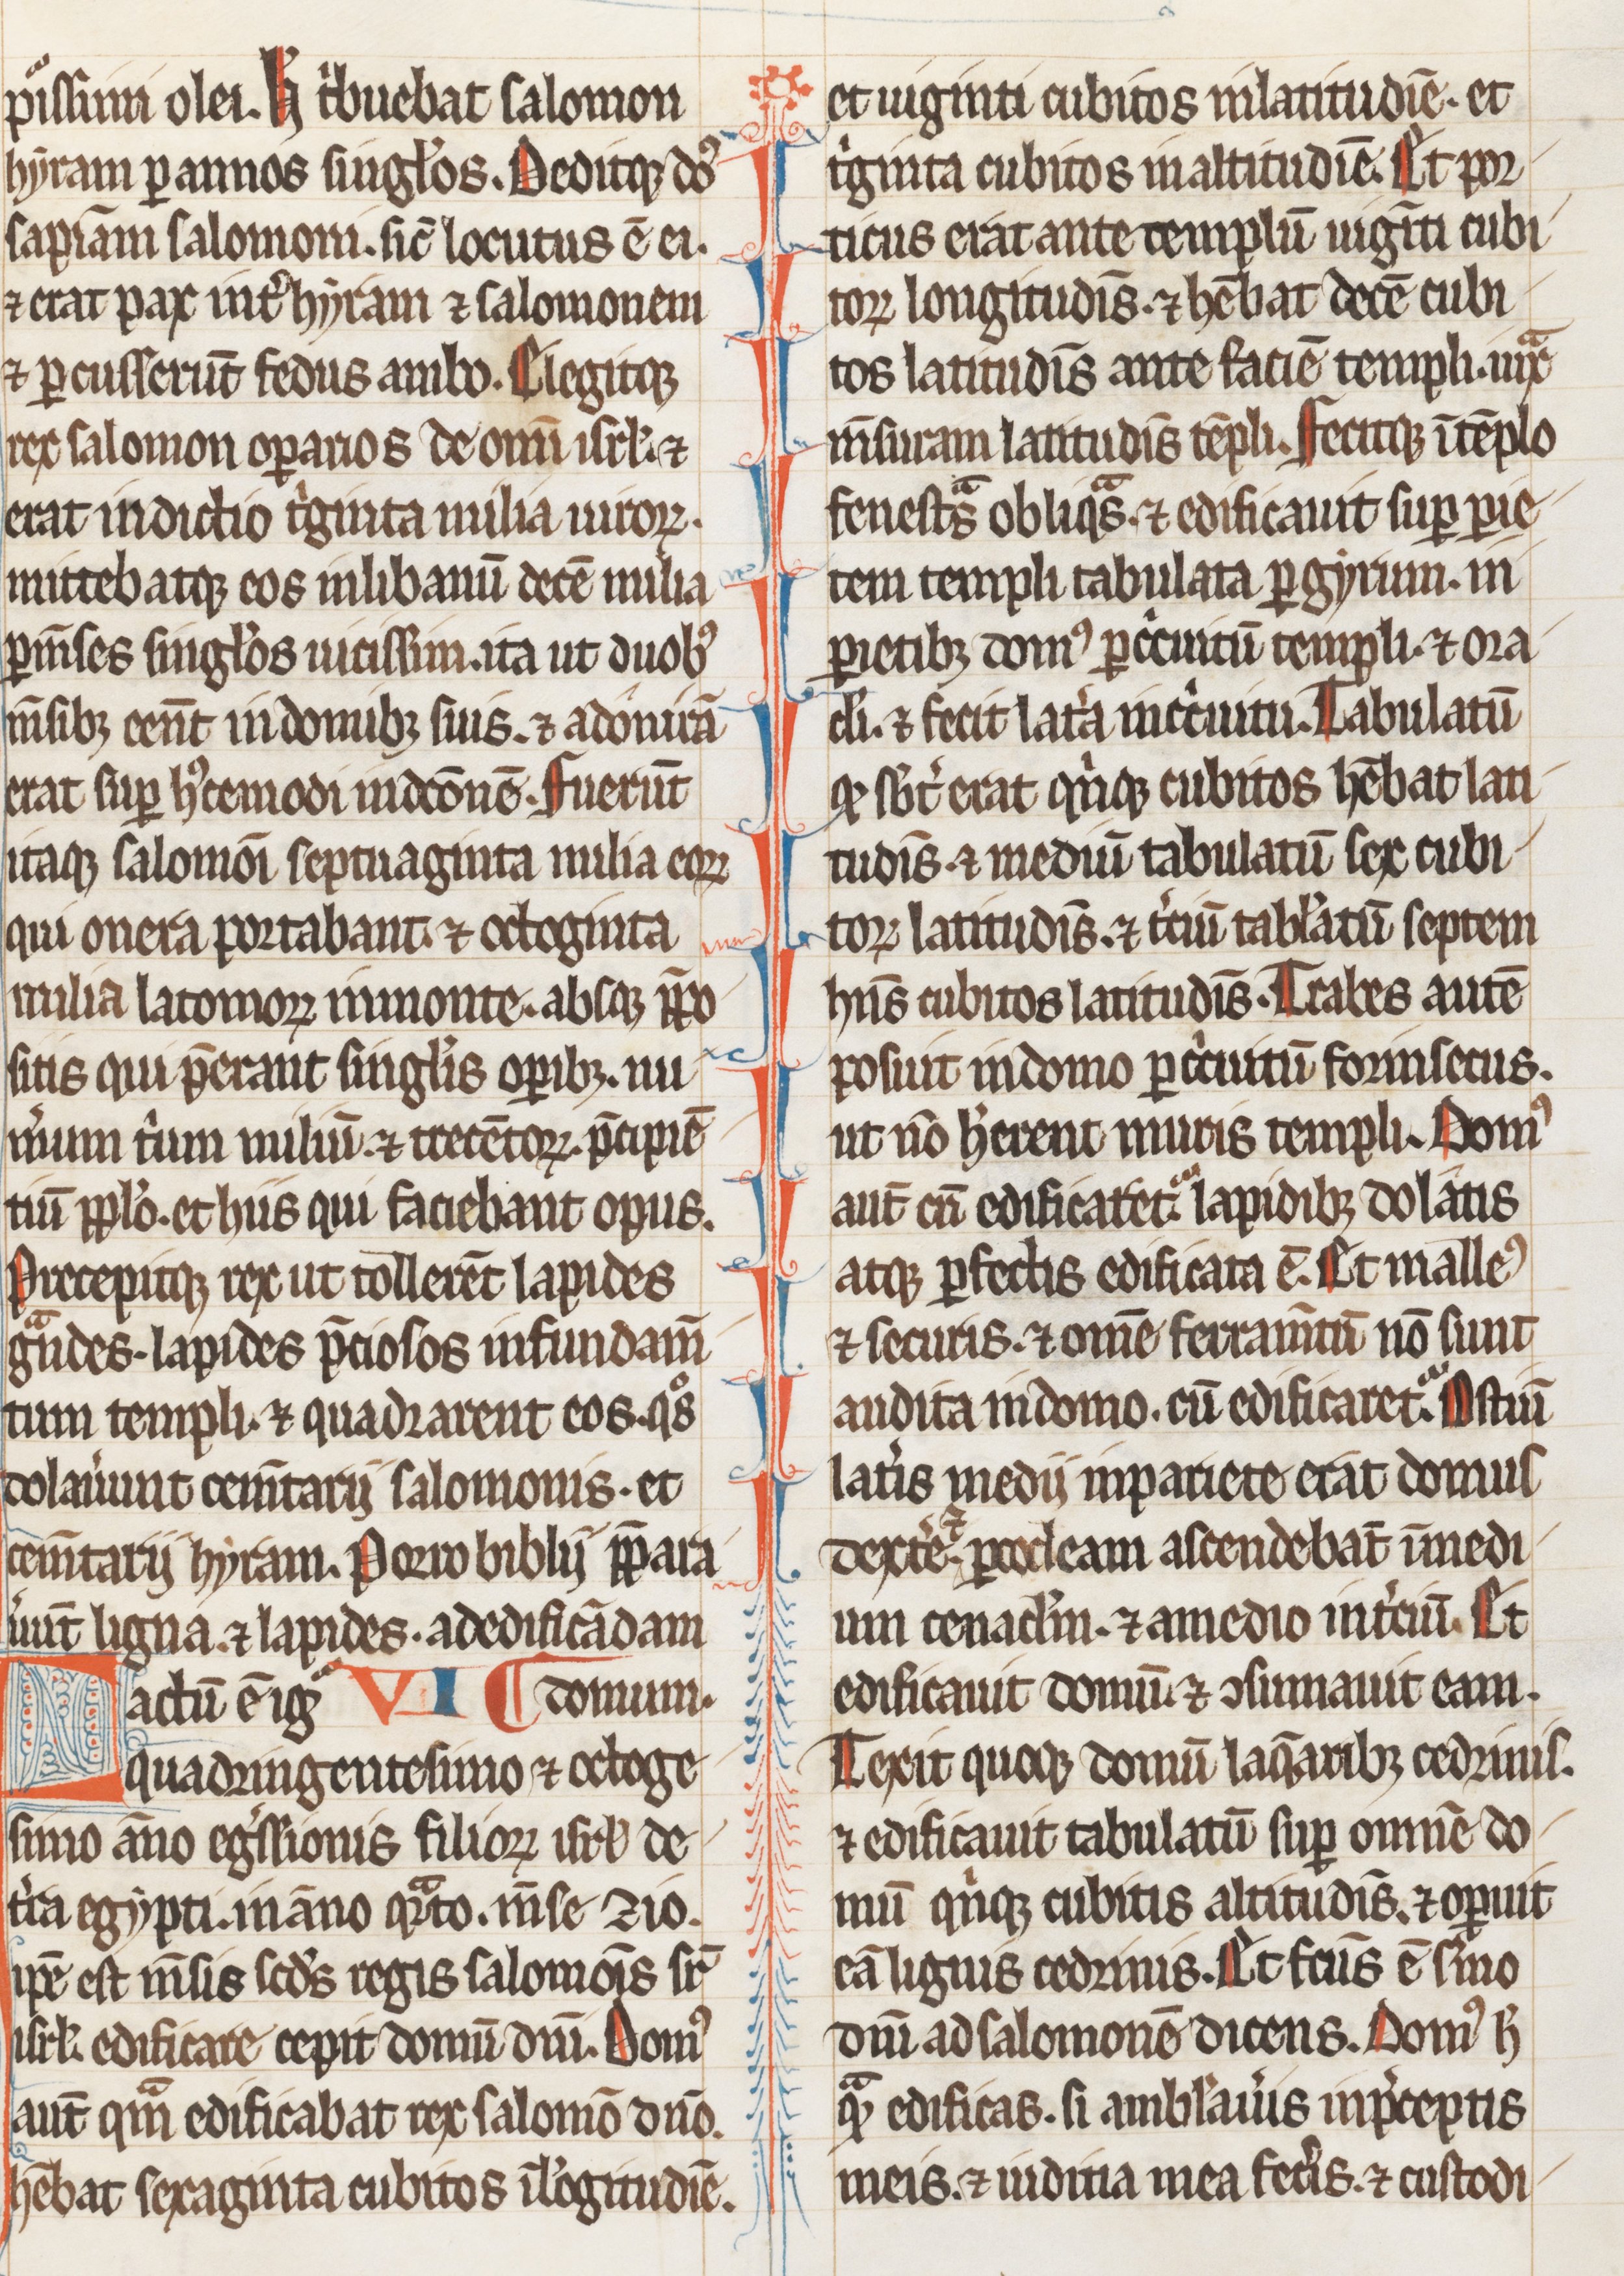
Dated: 1255–1285